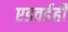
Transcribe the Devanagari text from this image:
एडवर्डही